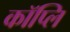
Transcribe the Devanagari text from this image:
कॉप्लि